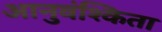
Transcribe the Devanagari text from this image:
आनुवंश्किता